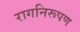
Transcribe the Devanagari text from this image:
रागनिरूपण